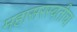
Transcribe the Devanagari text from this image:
महासरस्वतीचा